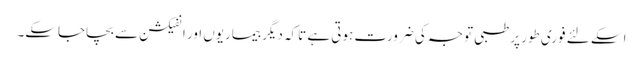
اسکے لئے فوری طور پر طبی توجہ کی ضرورت ہوتی ہے تاکہ دیگر بیماریوں اور انفیکشن سے بچاجاسکے۔